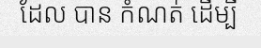
ដែល បាន កំណត់ ដើម្បី